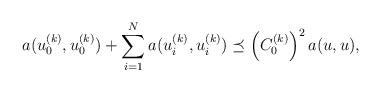
LaTeX: \begin{align*} a(u_0^{(k)},u_0^{(k)})+\sum_{i=1}^N a(u_i^{(k)},u_i^{(k)}) \preceq\left(C_0^{(k)}\right)^2 a(u,u),\end{align*}